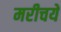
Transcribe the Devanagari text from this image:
मरीचये